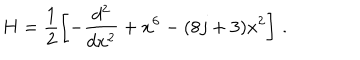
H = \frac { 1 } { 2 } \left[ - \frac { d ^ { 2 } } { d x ^ { 2 } } + x ^ { 6 } - ( 8 j + 3 ) x ^ { 2 } \right] \, .